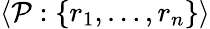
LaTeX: \langle\mathcal{P}:\{ r_{1},\ldots,r_{n}\} \rangle